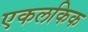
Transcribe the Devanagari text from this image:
एकलकिक